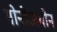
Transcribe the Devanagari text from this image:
मोनोअमीन